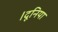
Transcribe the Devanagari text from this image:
।दूनिया